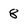
Character: 8